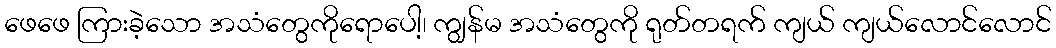
ဖေဖေ ကြားခဲ့သော အသံတွေကိုရောပေါ့၊ ကျွန်မ အသံတွေကို ရုတ်တရက် ကျယ် ကျယ်လောင်လောင်